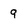
Character: 9